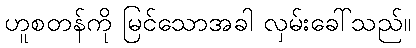
ဟူစတန်ကို မြင်သောအခါ လှမ်းခေါ်သည်။